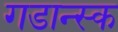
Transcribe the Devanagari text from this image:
गडान्स्क